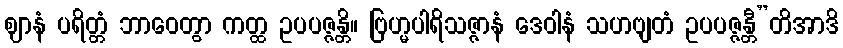
ဈာနံ ပရိတ္တံ ဘာဝေတွာ ကတ္ထ ဥပပဇ္ဇန္တိ။ ဗြဟ္မပါရိသဇ္ဇာနံ ဒေဝါနံ သဟဗျတံ ဥပပဇ္ဇန္တီ”တိအာဒိ